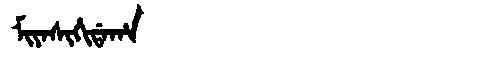
Manchu: ᠮᡳᠶᠠᠰᡳᡥᡳᡩᠠᡥᠠ
Romanization: MIYASIHIDAHA